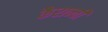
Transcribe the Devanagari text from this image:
कैरान्वी